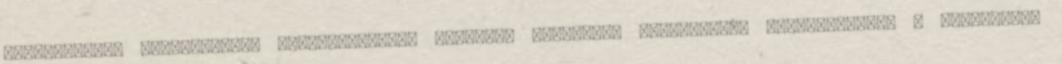
munkaerőpiac elvárásainak teljesítésére, valamint felsőfokú tanulmányok megkezdésére. A tanulmányi